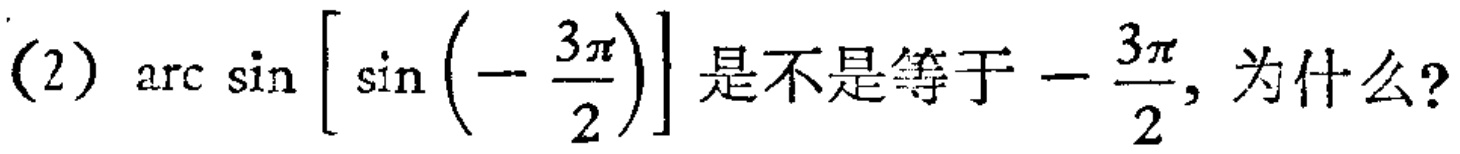
(2) $\arcsin \left[\sin \left(-\frac{3\pi}{2}\right)\right]$ 是不是等于 $-\frac{3\pi}{2}$, 为什么?